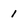
Character: 1